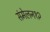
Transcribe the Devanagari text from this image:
संमेलन१२